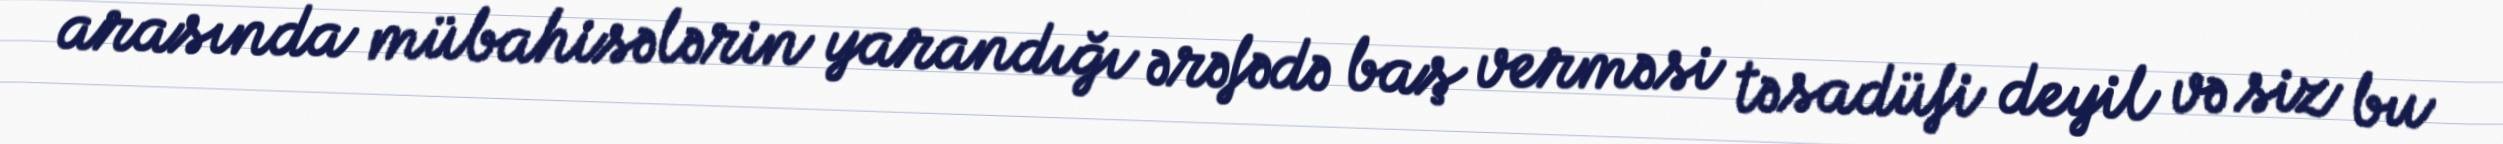
arasında mübahisələrin yarandığı ərəfədə baş verməsi təsadüfi deyil və siz bu